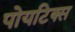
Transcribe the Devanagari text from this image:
पोयटिक्स